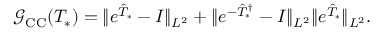
\mathcal G _ { \mathrm { C C } } ( T _ { * } ) = \Vert e ^ { \hat { T } _ { * } } - I \Vert _ { L ^ { 2 } } + \Vert e ^ { - \hat { T } _ { * } ^ { \dagger } } - I \Vert _ { L ^ { 2 } } \Vert e ^ { \hat { T } _ { * } } \Vert _ { L ^ { 2 } } .